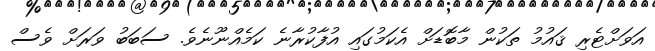
އަވަށްޓެރި ޤައުމު ތަކުން މާބޮޑަށް އެކަމުގައި އުފާކުރާނެ ކަމެއްނޫނެވެ. ސަބަބު ވަރަށް ވެސް